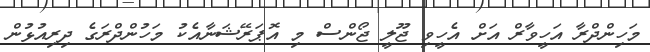
މަހިންދްރާ އަހީވާރް އަށް އެހީވި ޖޫލީ ޖޯންސް މި އޮޕަރޭޝަނާއެކު މަހުންދްރަގެ ދިރިއުޅުން